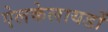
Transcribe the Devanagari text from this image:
ऐलकेलायडों